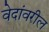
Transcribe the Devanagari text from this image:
वेदांवरील